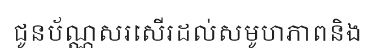
ជូនប័ណ្ណសរសើរដល់សមូហភាពនិង